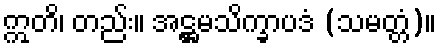
ဣတိ၊ တည်း။ အဋ္ဌမသိက္ခာပဒံ (သမတ္တံ)။